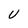
Character: U